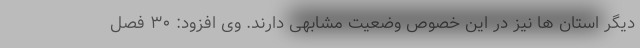
دیگر استان ها نیز در این خصوص وضعیت مشابهی دارند. وی افزود: ۳۰ فصل